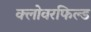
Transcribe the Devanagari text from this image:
क्लोवरफिल्ड